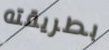
بطريقته